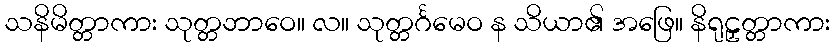
သနိမိတ္တာကား သုတ္တဘာဝေ။ လ။ သုတ္တင်္ဂမေဝ န သိယာ၏ အဖြေ။ နိရုဠှတ္တာကား